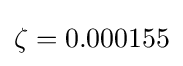
\zeta =0.000155